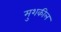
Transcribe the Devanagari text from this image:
मुशकील